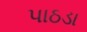
પાઠડા